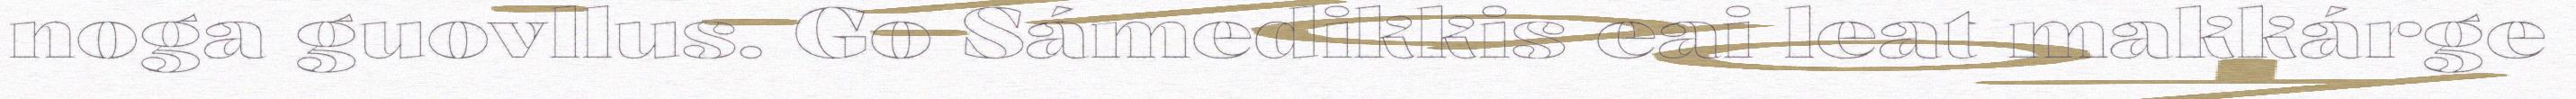
noga guovllus. Go Sámedikkis eai leat makkárge